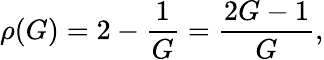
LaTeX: \rho(G)=2-\frac{1}{G}=\frac{2G-1}{G},